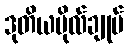
ဒုတိယဗိုလ်ချုပ်